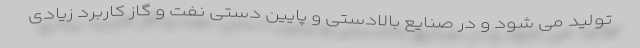
تولید می شود و در صنایع بالادستی و پایین دستی نفت و گاز کاربرد زیادی